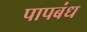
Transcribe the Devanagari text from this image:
पापबंध